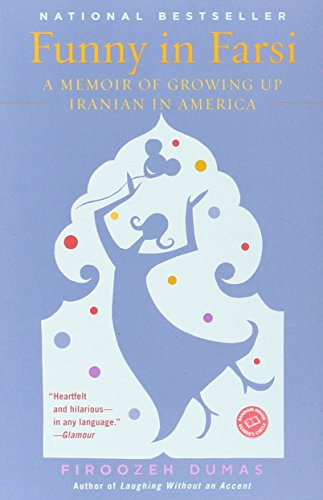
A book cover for Funny in Farsi: A Memoir of Growing Up Iranian in America; Firoozeh Dumas; Biographies & Memoirs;